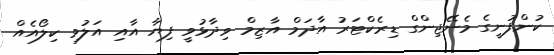
ކުންފުނީގެ މެނޭޖިންގް ޑިރެކްޓަރު އާދަމް އާޒިމް ވިދާޅުވީ ފިޔާ އާއި އަލުވި ކިލޯއެއް